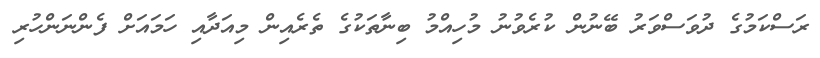
ރަސްކަމުގެ ދުވަސްވަރު ބޭނުން ކުރެވުނު މުހިއްމު ބިނާތަކުގެ ތެރެއިން މިއަދާއި ހަމައަށް ފެންނަންހުރި